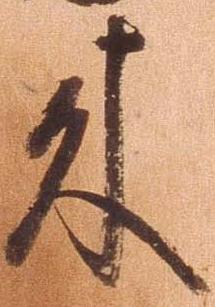
来